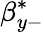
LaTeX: \beta_{y-}^{*}